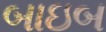
બાઇબ